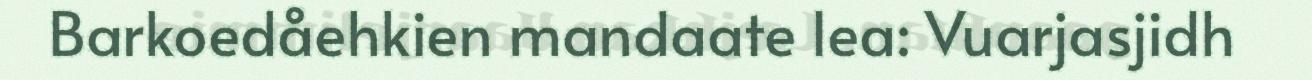
Barkoedåehkien mandaate lea: Vuarjasjidh